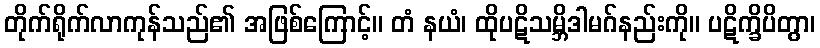
တိုက်ရိုက်လာကုန်သည်၏ အဖြစ်ကြောင့်။ တံ နယံ၊ ထိုပဋိသမ္ဘိဒါမဂ်နည်းကို။ ပဋိက္ခိပိတွာ၊